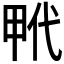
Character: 𤱢